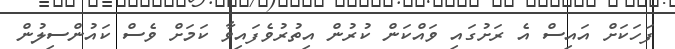
ފަހަކަށް އައިސް އެ ރަށުގައި ވައްކަން ކުރުން އިތުރުވެފައިވާ ކަމަށް ވެސް ކައުންސިލުން